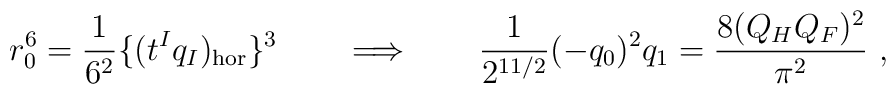
r_0^6 ={1\over 6^2} \{ (t^Iq_I)_{\rm hor} \}^3 \qquad \Longrightarrow  \qquad{1\over 2^{11/2}} (-q_0)^2 q_1 = {8 ( Q_H Q_{F})^2  \over \pi^2}\ ,